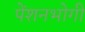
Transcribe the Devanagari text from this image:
पेंशनभोगी